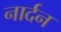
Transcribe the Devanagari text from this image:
नार्दन